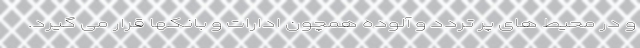
و در محیط های پر تردد و آلوده همچون ادارات و بانکها قرار می گیرد.